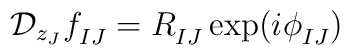
{\cal D}_{z_J}f_{IJ}^{} = R_{IJ}^{}\exp (i\phi_{IJ}^{})